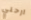
ارحلي